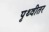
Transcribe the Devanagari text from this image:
पृथ्वीतर